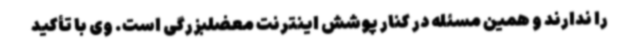
را ندارند و همین مسئله در کنار پوشش اینترنت معضلبزرگی است. وی با تأکید